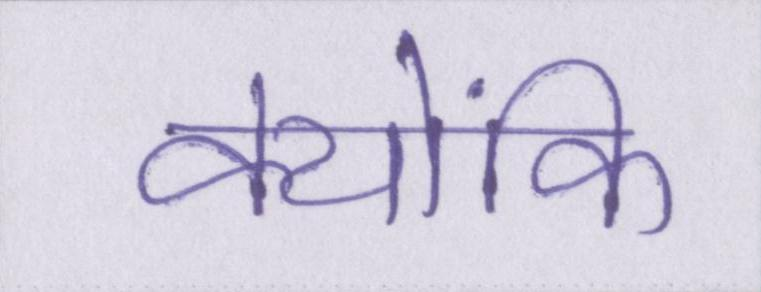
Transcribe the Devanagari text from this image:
क्योंकि